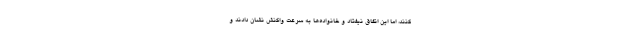
کنند، اما این اتفاق نیفتاد و خانواده‌ها به سرعت واکنش نشان دادند و